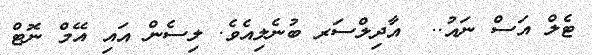
ޓެލް އަސް ނައު..  އާދިލްސަރ ބުނެލިއެވެ. ލިސެން އައި އޭމް ނޮޓް